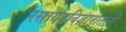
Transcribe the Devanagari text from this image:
रसायनविज्ञानातली